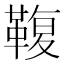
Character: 𩋟